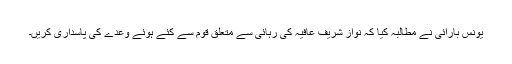
یونس بارائی نے مطالبہ کیا کہ نواز شریف عافیہ کی رہائی سے متعلق قوم سے کئے ہوئے وعدے کی پاسداری کریں۔